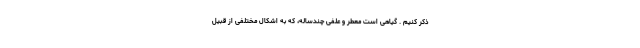
ذکر کنیم . گیاهی است معطر و علفی چندساله، که به اشکال مختلفی از قبیل